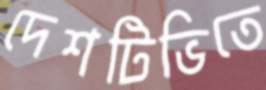
দেশটিভিতে